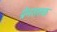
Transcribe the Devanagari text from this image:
प्रेमशतक